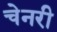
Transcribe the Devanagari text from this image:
चेनरी